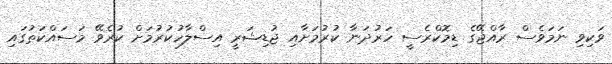
ވަކިވި ނަމަވެސް ރާއްޖޭގެ ޑިމޮކްރެސީ ހަރުދަނާ ކުރުމަށާއި ޖުޑިޝަރީ އިސްލާހުކުރުމަށް ކުރެވޭ މަސައްކަތުގައި